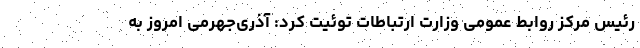
رئیس مرکز روابط عمومی وزارت ارتباطات توئیت کرد: آذری‌جهرمی امروز به